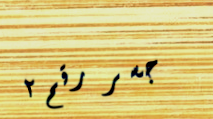
جسر رقم ٢